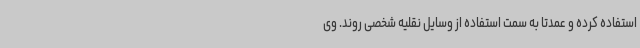
استفاده کرده و عمدتاً به سمت استفاده از وسایل نقلیه شخصی روند. وی